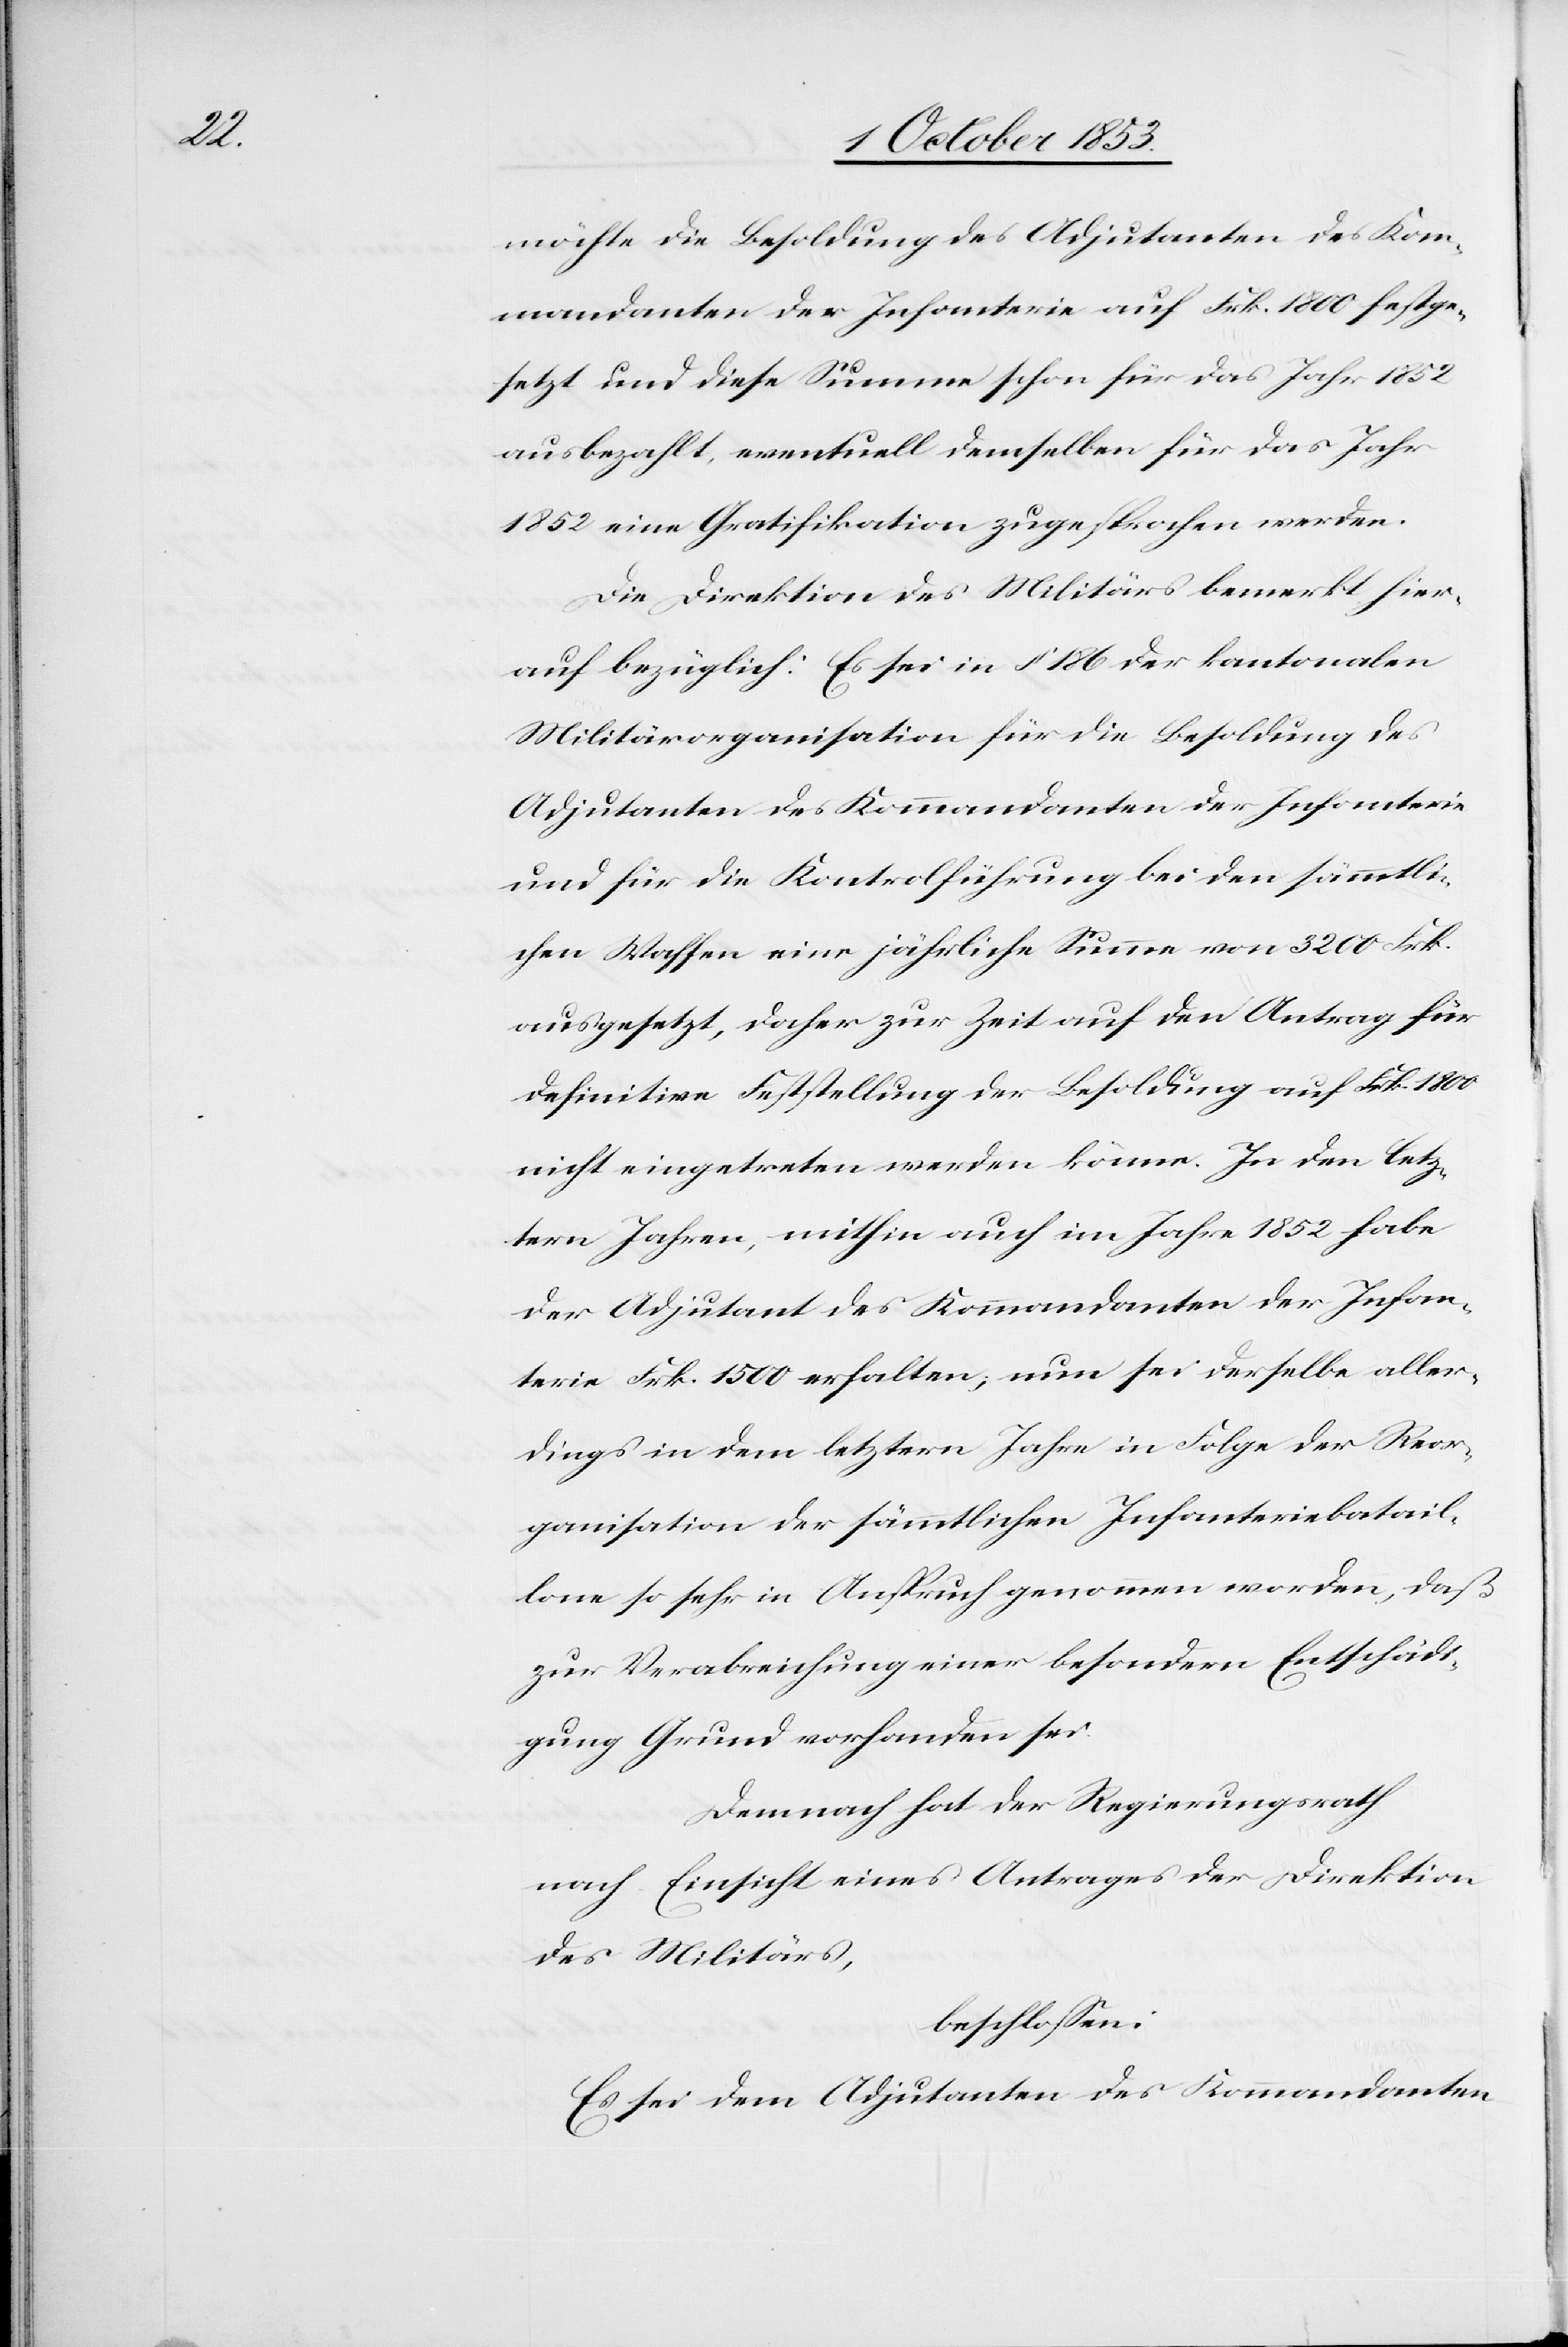
möchte die Besoldung des Adjutanten des Kom¬
mandanten der Infanterie auf Frk. 1800 festge¬
setzt und diese Summe schon für das Jahr 1852
ausbezahlt, eventuell demselben für das Jahr
1852 eine Gratifikation zugesprochen werden.
Die Direktion des Militärs bemerkt hier¬
auf bezüglich: Es sei in § 186 der kantonalen
Militärorganisation für die Besoldung des
Adjutanten des Kommandanten der Infanterie
und für die Kontrolführung [sic!] bei den sämmtli¬
chen Waffen eine jährliche Summe von 3200 Frk.
ausgesetzt, daher zur Zeit auf den Antrag für
definitive Feststellung der Besoldung auf Frk. 1800
nicht eingetreten werden könne. In den letz¬
tern Jahren, mithin auch im Jahre 1852 habe
der Adjutant des Kommandanten der Infan¬
terie Frk. 1500 erhalten, nun sei derselbe aller¬
dings in dem letztern Jahre in Folge der Reor¬
ganisation der sämmtlichen Infanteriebatail¬
lone so sehr in Anspruch genommen worden, daß
zur Verabreichung einer besondern Entschädi¬
gung Grund vorhanden sei.
Demnach hat der Regierungsrath
nach Einsicht eines Antrages der Direktion
des Militärs,
beschloßen:
Es sei dem Adjutanten des Kommandanten